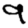
Digit: 9